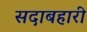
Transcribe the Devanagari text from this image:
सदाबहारी